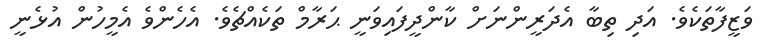
ވަޒީފާތަކެވެ. އަދި ތިބާ އެދަރީންނަށް ކާންދީފައިވަނީ ޙަރާމް ތަކެއްޗެވެ. އެހެންވެ އެމީހުން އުޅެނީ